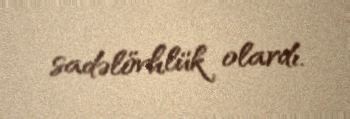
sadəlövhlük olardı.